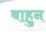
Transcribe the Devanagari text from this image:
बाहुन